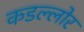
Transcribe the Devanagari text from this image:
कडल्लोर